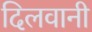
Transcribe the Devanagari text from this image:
दिलवानी